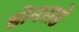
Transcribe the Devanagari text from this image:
डोमसडे